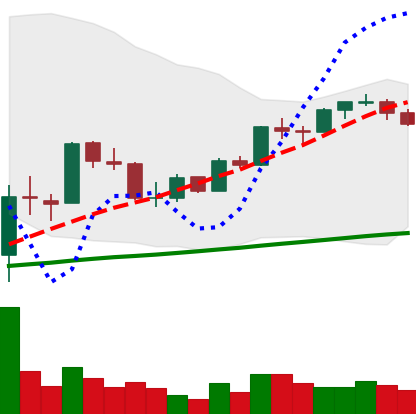
Ticker: BTC-USD
Chart end date: 2017-10-04
Forward return: 12.831%
Label: up_7plus